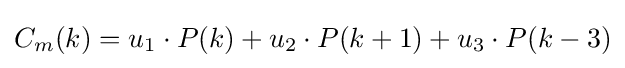
C_{m}(k)=u_{1}\cdot P(k)+u_{2}\cdot P(k+1)+u_{3}\cdot P(k-3)